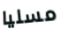
مسليا